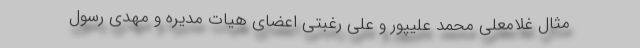
مثال غلامعلی محمد علیپور و علی رغبتی اعضای هیات مدیره و مهدی رسول